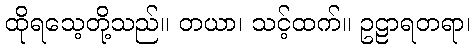
ထိုရသေ့တို့သည်။ တယာ၊ သင့်ထက်။ ဥဠာရတရာ၊